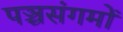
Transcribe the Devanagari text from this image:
पञ्चसंगमों